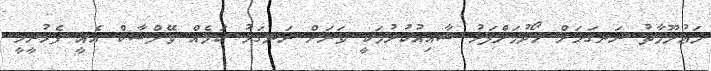
މަޢުލޫމާތު ރަނގަޅަށް ހޯދުމަށްފަހު ޝާއިއުކުރުމަކީ ވަރަށް ރަނގަޅު ކަމެއް ވޭލްޝާކް އެއީ ފެހުރީހީ